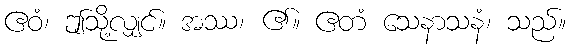
ဧဝံ၊ ဤသို့လျှင်။ အဿ၊ ၏။ ဧတံ သေနာသနံ၊ သည်။